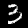
Digit: 3